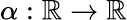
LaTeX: \alpha:\mathbb{R}\rightarrow\mathbb{R}